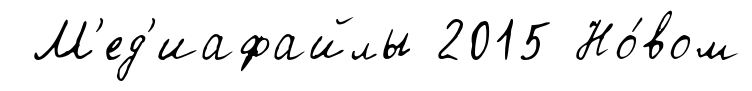
М'ед'иафайлы 2015 Но́вом